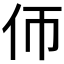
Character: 𠇆